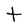
Character: t